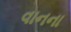
વાનના